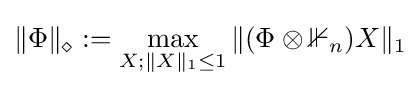
\|\Phi \|_{\diamond }:=\max _{X;\|X\|_{1}\leq 1}\|(\Phi \otimes \mathbb {1} _{n})X\|_{1}